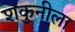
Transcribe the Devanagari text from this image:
शकुनीला